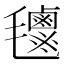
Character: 𣰹